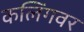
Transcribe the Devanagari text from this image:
कलिंगवर